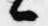
候